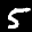
Label: 5